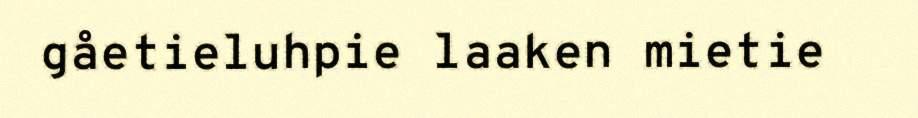
gåetieluhpie laaken mietie